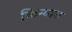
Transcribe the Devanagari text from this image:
किम्बारा